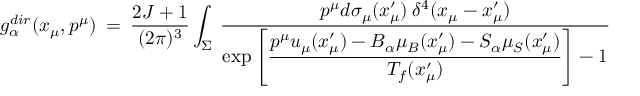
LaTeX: g _ { \alpha } ^ { d i r } ( x _ { \mu } , p ^ { \mu } ) \: = \: \frac { 2 J + 1 } { ( 2 \pi ) ^ { 3 } } \int _ { \Sigma } \: \frac { p ^ { \mu } d \sigma _ { \mu } ( x _ { \mu } ^ { \prime } ) \: \delta ^ { 4 } ( x _ { \mu } - x _ { \mu } ^ { \prime } ) } { \exp \left[ \displaystyle { \frac { p ^ { \mu } u _ { \mu } ( x _ { \mu } ^ { \prime } ) - B _ { \alpha } \mu _ { B } ( x _ { \mu } ^ { \prime } ) - S _ { \alpha } \mu _ { S } ( x _ { \mu } ^ { \prime } ) } { T _ { f } ( x _ { \mu } ^ { \prime } ) } } \right] - 1 }